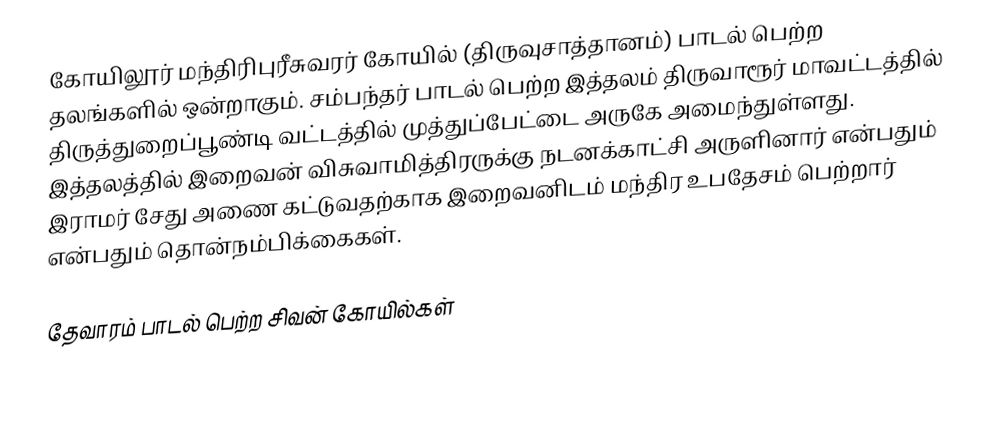
கோயிலூர் மந்திரிபுரீசுவரர் கோயில் (திருவுசாத்தானம்) பாடல் பெற்ற தலங்களில் ஒன்றாகும். சம்பந்தர் பாடல் பெற்ற இத்தலம்  திருவாரூர் மாவட்டத்தில்   திருத்துறைப்பூண்டி வட்டத்தில் முத்துப்பேட்டை அருகே அமைந்துள்ளது. இத்தலத்தில் இறைவன் விசுவாமித்திரருக்கு நடனக்காட்சி அருளினார் என்பதும் இராமர் சேது அணை கட்டுவதற்காக இறைவனிடம் மந்திர உபதேசம் பெற்றார் என்பதும் தொன்நம்பிக்கைகள்.

தேவாரம் பாடல் பெற்ற சிவன் கோயில்கள்